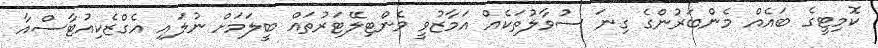
ކޮމިޓީގެ ބައެއް މެންބަރުންގެ ގިނަ ސުވާލުތަކެއް އަމާޒުވީ ވެންޓިލޭޓަރުތައް ބީލަމަށް ނުލައި އެގްޒެކިއުޓާސްއާ